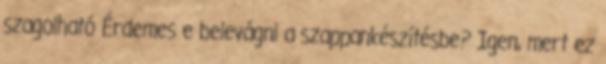
szagolható Érdemes e belevágni a szappankészítésbe? Igen, mert ez